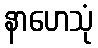
နာဟေသုံ